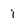
Character: i